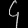
Digit: ၄